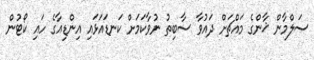
ސަލްމާން ޚާންގެ މައްޗަށް ދައުވާ ސާބިތު ނުވާކަމަށް ކަނޑައަަޅައި އިންޑިއާގެ ހައި ކޯޓުން